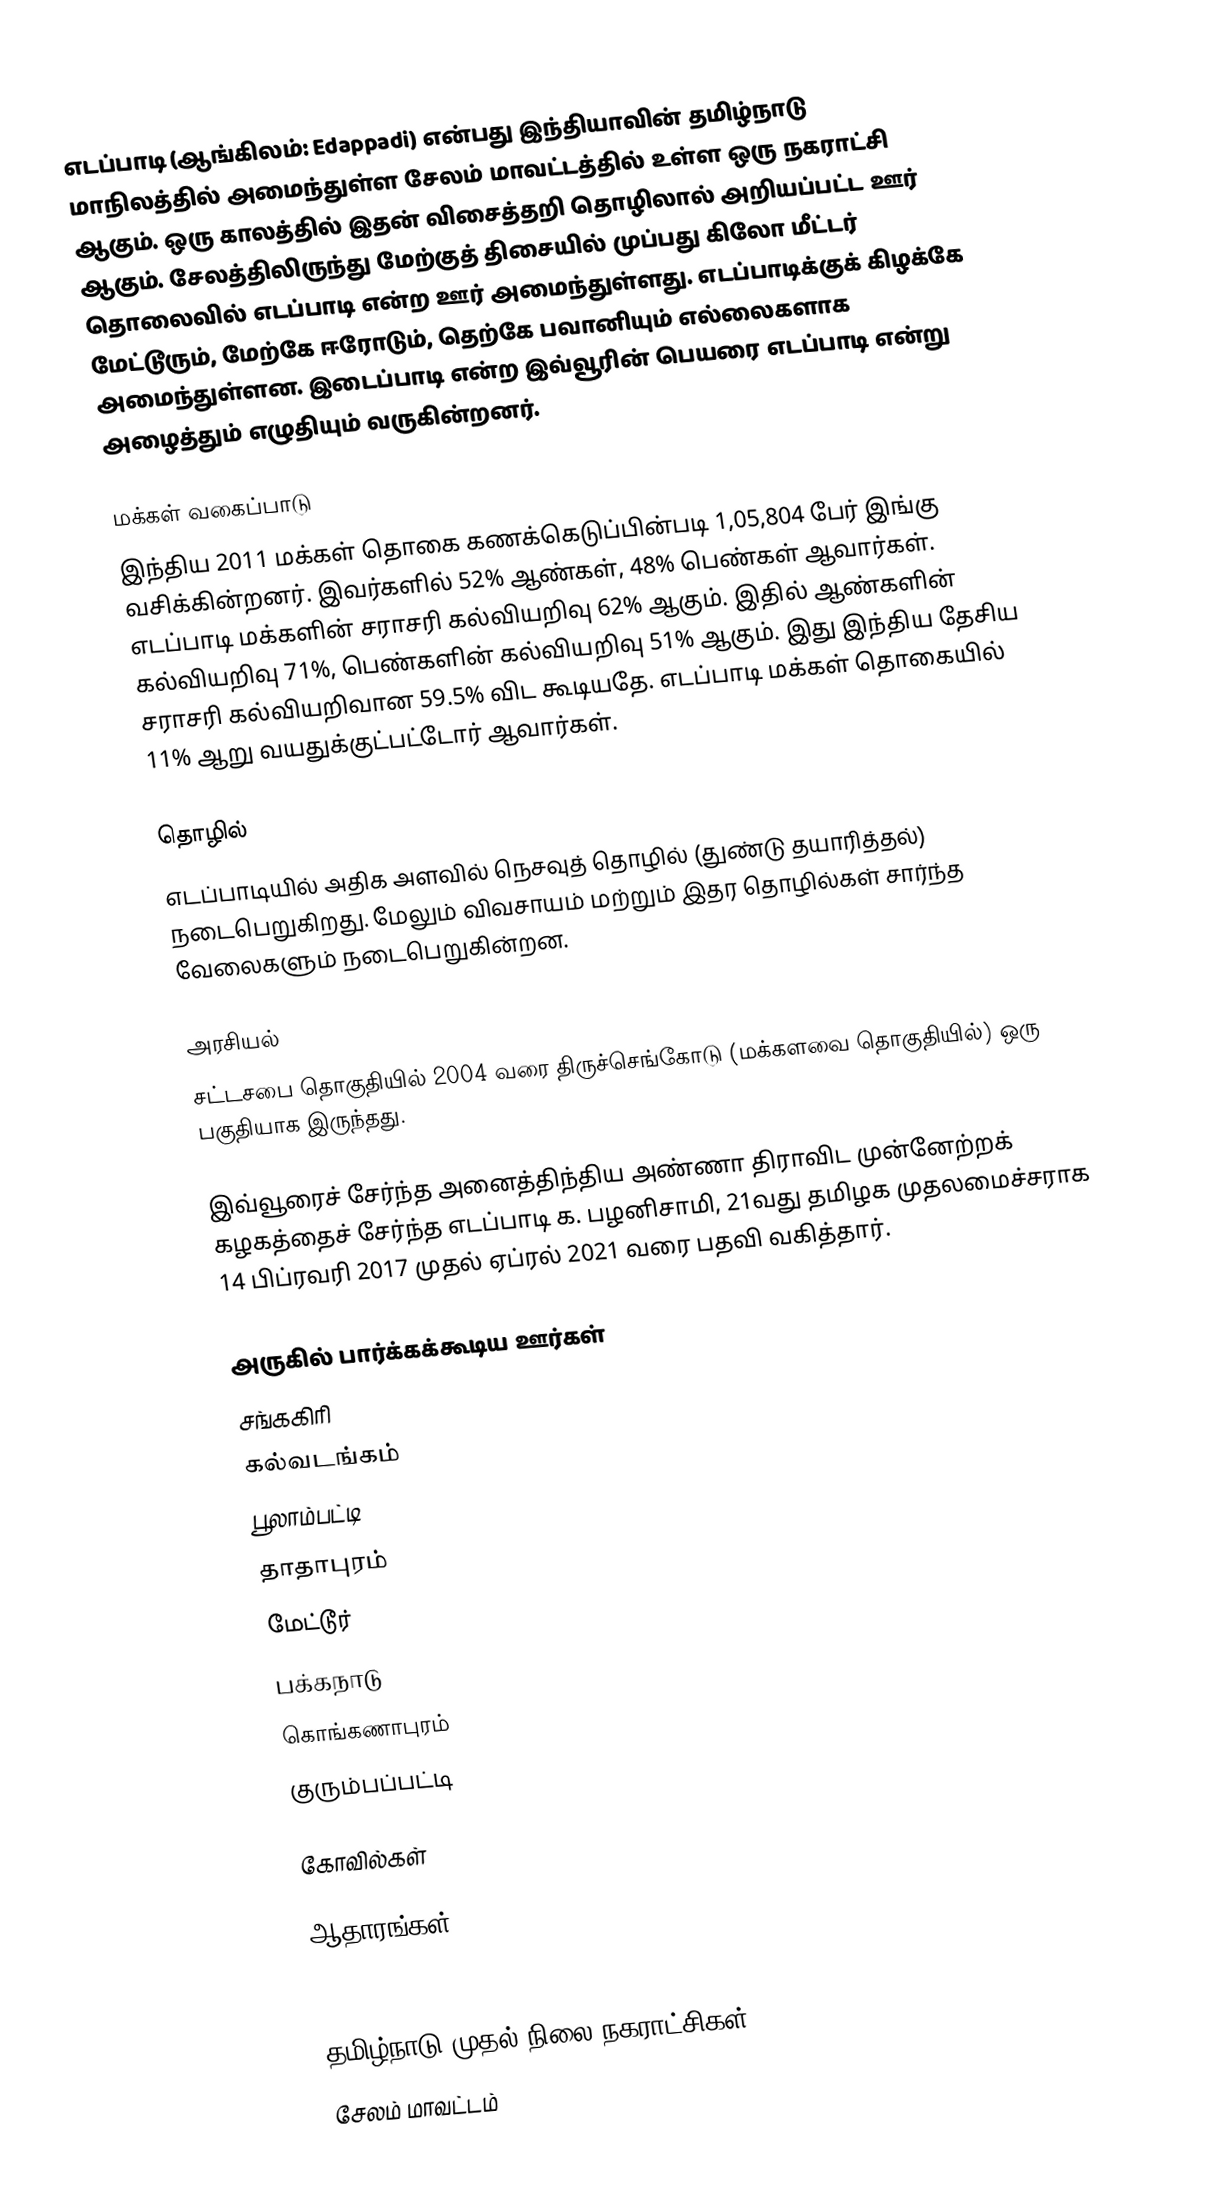
எடப்பாடி (ஆங்கிலம்: Edappadi) என்பது இந்தியாவின் தமிழ்நாடு மாநிலத்தில் அமைந்துள்ள சேலம் மாவட்டத்தில்  உள்ள ஒரு நகராட்சி ஆகும். ஒரு காலத்தில் இதன் விசைத்தறி தொழிலால் அறியப்பட்ட ஊர் ஆகும். சேலத்திலிருந்து மேற்குத் திசையில் முப்பது கிலோ மீட்டர் தொலைவில் எடப்பாடி என்ற ஊர் அமைந்துள்ளது. எடப்பாடிக்குக் கிழக்கே மேட்டூரும், மேற்கே ஈரோடும், தெற்கே பவானியும் எல்லைகளாக அமைந்துள்ளன. இடைப்பாடி என்ற இவ்வூரின் பெயரை எடப்பாடி என்று அழைத்தும் எழுதியும் வருகின்றனர்.

மக்கள் வகைப்பாடு
இந்திய 2011 மக்கள் தொகை கணக்கெடுப்பின்படி 1,05,804 பேர் இங்கு வசிக்கின்றனர். இவர்களில் 52% ஆண்கள், 48% பெண்கள் ஆவார்கள். எடப்பாடி மக்களின் சராசரி கல்வியறிவு 62% ஆகும். இதில் ஆண்களின் கல்வியறிவு 71%,  பெண்களின் கல்வியறிவு 51% ஆகும். இது இந்திய தேசிய சராசரி கல்வியறிவான 59.5% விட கூடியதே. எடப்பாடி மக்கள் தொகையில் 11%  ஆறு வயதுக்குட்பட்டோர் ஆவார்கள்.

தொழில்
எடப்பாடியில் அதிக அளவில் நெசவுத் தொழில் (துண்டு தயாரித்தல்) நடைபெறுகிறது. மேலும் விவசாயம் மற்றும் இதர தொழில்கள் சார்ந்த வேலைகளும் நடைபெறுகின்றன.

அரசியல்
சட்டசபை தொகுதியில் 2004 வரை திருச்செங்கோடு (மக்களவை தொகுதியில்) ஒரு பகுதியாக இருந்தது.

இவ்வூரைச் சேர்ந்த அனைத்திந்திய அண்ணா திராவிட முன்னேற்றக் கழகத்தைச் சேர்ந்த எடப்பாடி க. பழனிசாமி, 21வது தமிழக முதலமைச்சராக 14 பிப்ரவரி 2017 முதல் ஏப்ரல் 2021 வரை பதவி வகித்தார்.

அருகில் பார்க்கக்கூடிய ஊர்கள்
சங்ககிரி
கல்வடங்கம்
பூலாம்பட்டி
தாதாபுரம்
மேட்டூர்
பக்கநாடு
கொங்கணாபுரம்
குரும்பப்பட்டி

கோவில்கள்

ஆதாரங்கள்

தமிழ்நாடு முதல் நிலை நகராட்சிகள்
சேலம் மாவட்டம்